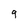
Character: 9